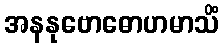
အနနုဗောဓောဟမာသိံ